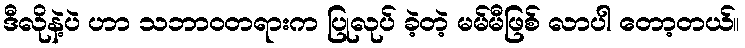
ဒီလိုနဲ့ပဲ ဟာ သဘာဝတရားက ပြုလုပ် ခဲ့တဲ့ မမ်မီဖြစ် လာပါ တော့တယ်။